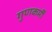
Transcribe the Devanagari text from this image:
गुणकर्मीं